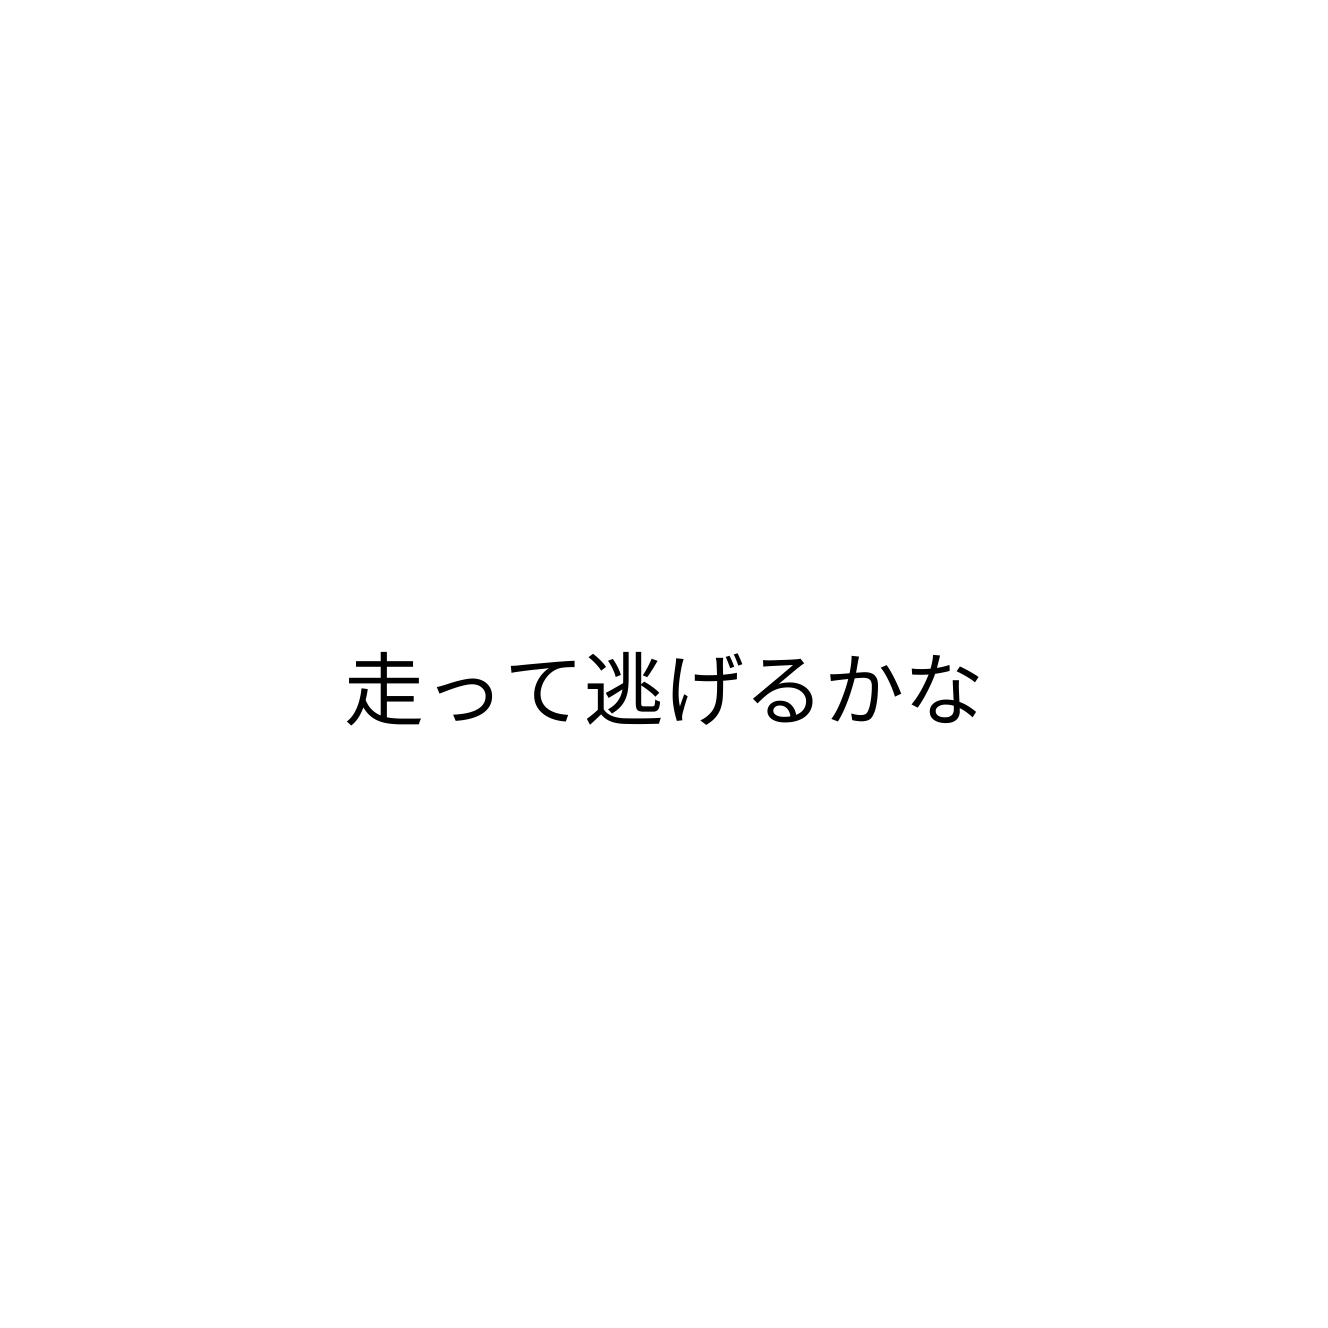
走って逃げるかな